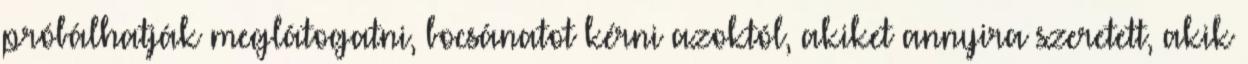
próbálhatják meglátogatni, bocsánatot kérni azoktól, akiket annyira szeretett, akik